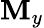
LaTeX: \mathbf{M}_{y}